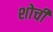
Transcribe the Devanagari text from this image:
शोची